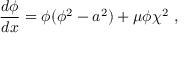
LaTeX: \frac { d \phi } { d x } = \l \phi ( \phi ^ { 2 } - a ^ { 2 } ) + \mu \phi \chi ^ { 2 } ~ ,